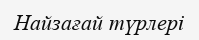
Найзағай түрлері